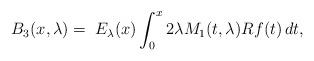
LaTeX: \begin{align*}B_3(x,\lambda)= \;E_\lambda(x) \int_0^x 2\lambda M_1(t,\lambda)Rf(t)\,dt,\,\end{align*}